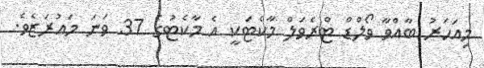
މިއަހަރު ބާއްވާ ވޯލްޑް ޓްރެވަލް މާކެޓަކީ އެ މާކެޓުގެ 37 ވަނަ މައުރަޒެވެ.